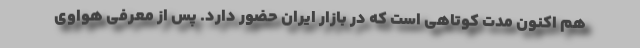
هم اکنون مدت کوتاهی است که در بازار ایران حضور دارد. پس از معرفی هواوی